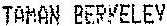
TAMAN BERKELEY